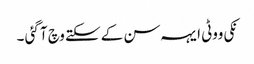
نکی ووٹی ایہہ سن کے سکتے وچ آ گئی ۔